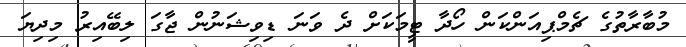
މުބާރާތުގެ ޗެމްޕިއަންކަން ހޯދާ ޓީމަކަށް ދެ ވަނަ ޑިވިޝަނުން ޖާގަ ލިބޭއިރު މިދިޔަ